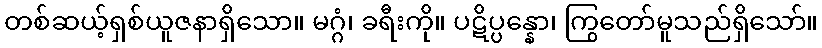
တစ်ဆယ့်ရှစ်ယူဇနာရှိသော။ မဂ္ဂံ၊ ခရီးကို။ ပဋိပ္ပန္နော၊ ကြွတော်မူသည်ရှိသော်။